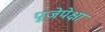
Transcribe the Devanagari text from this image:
पूजेपेक्षा